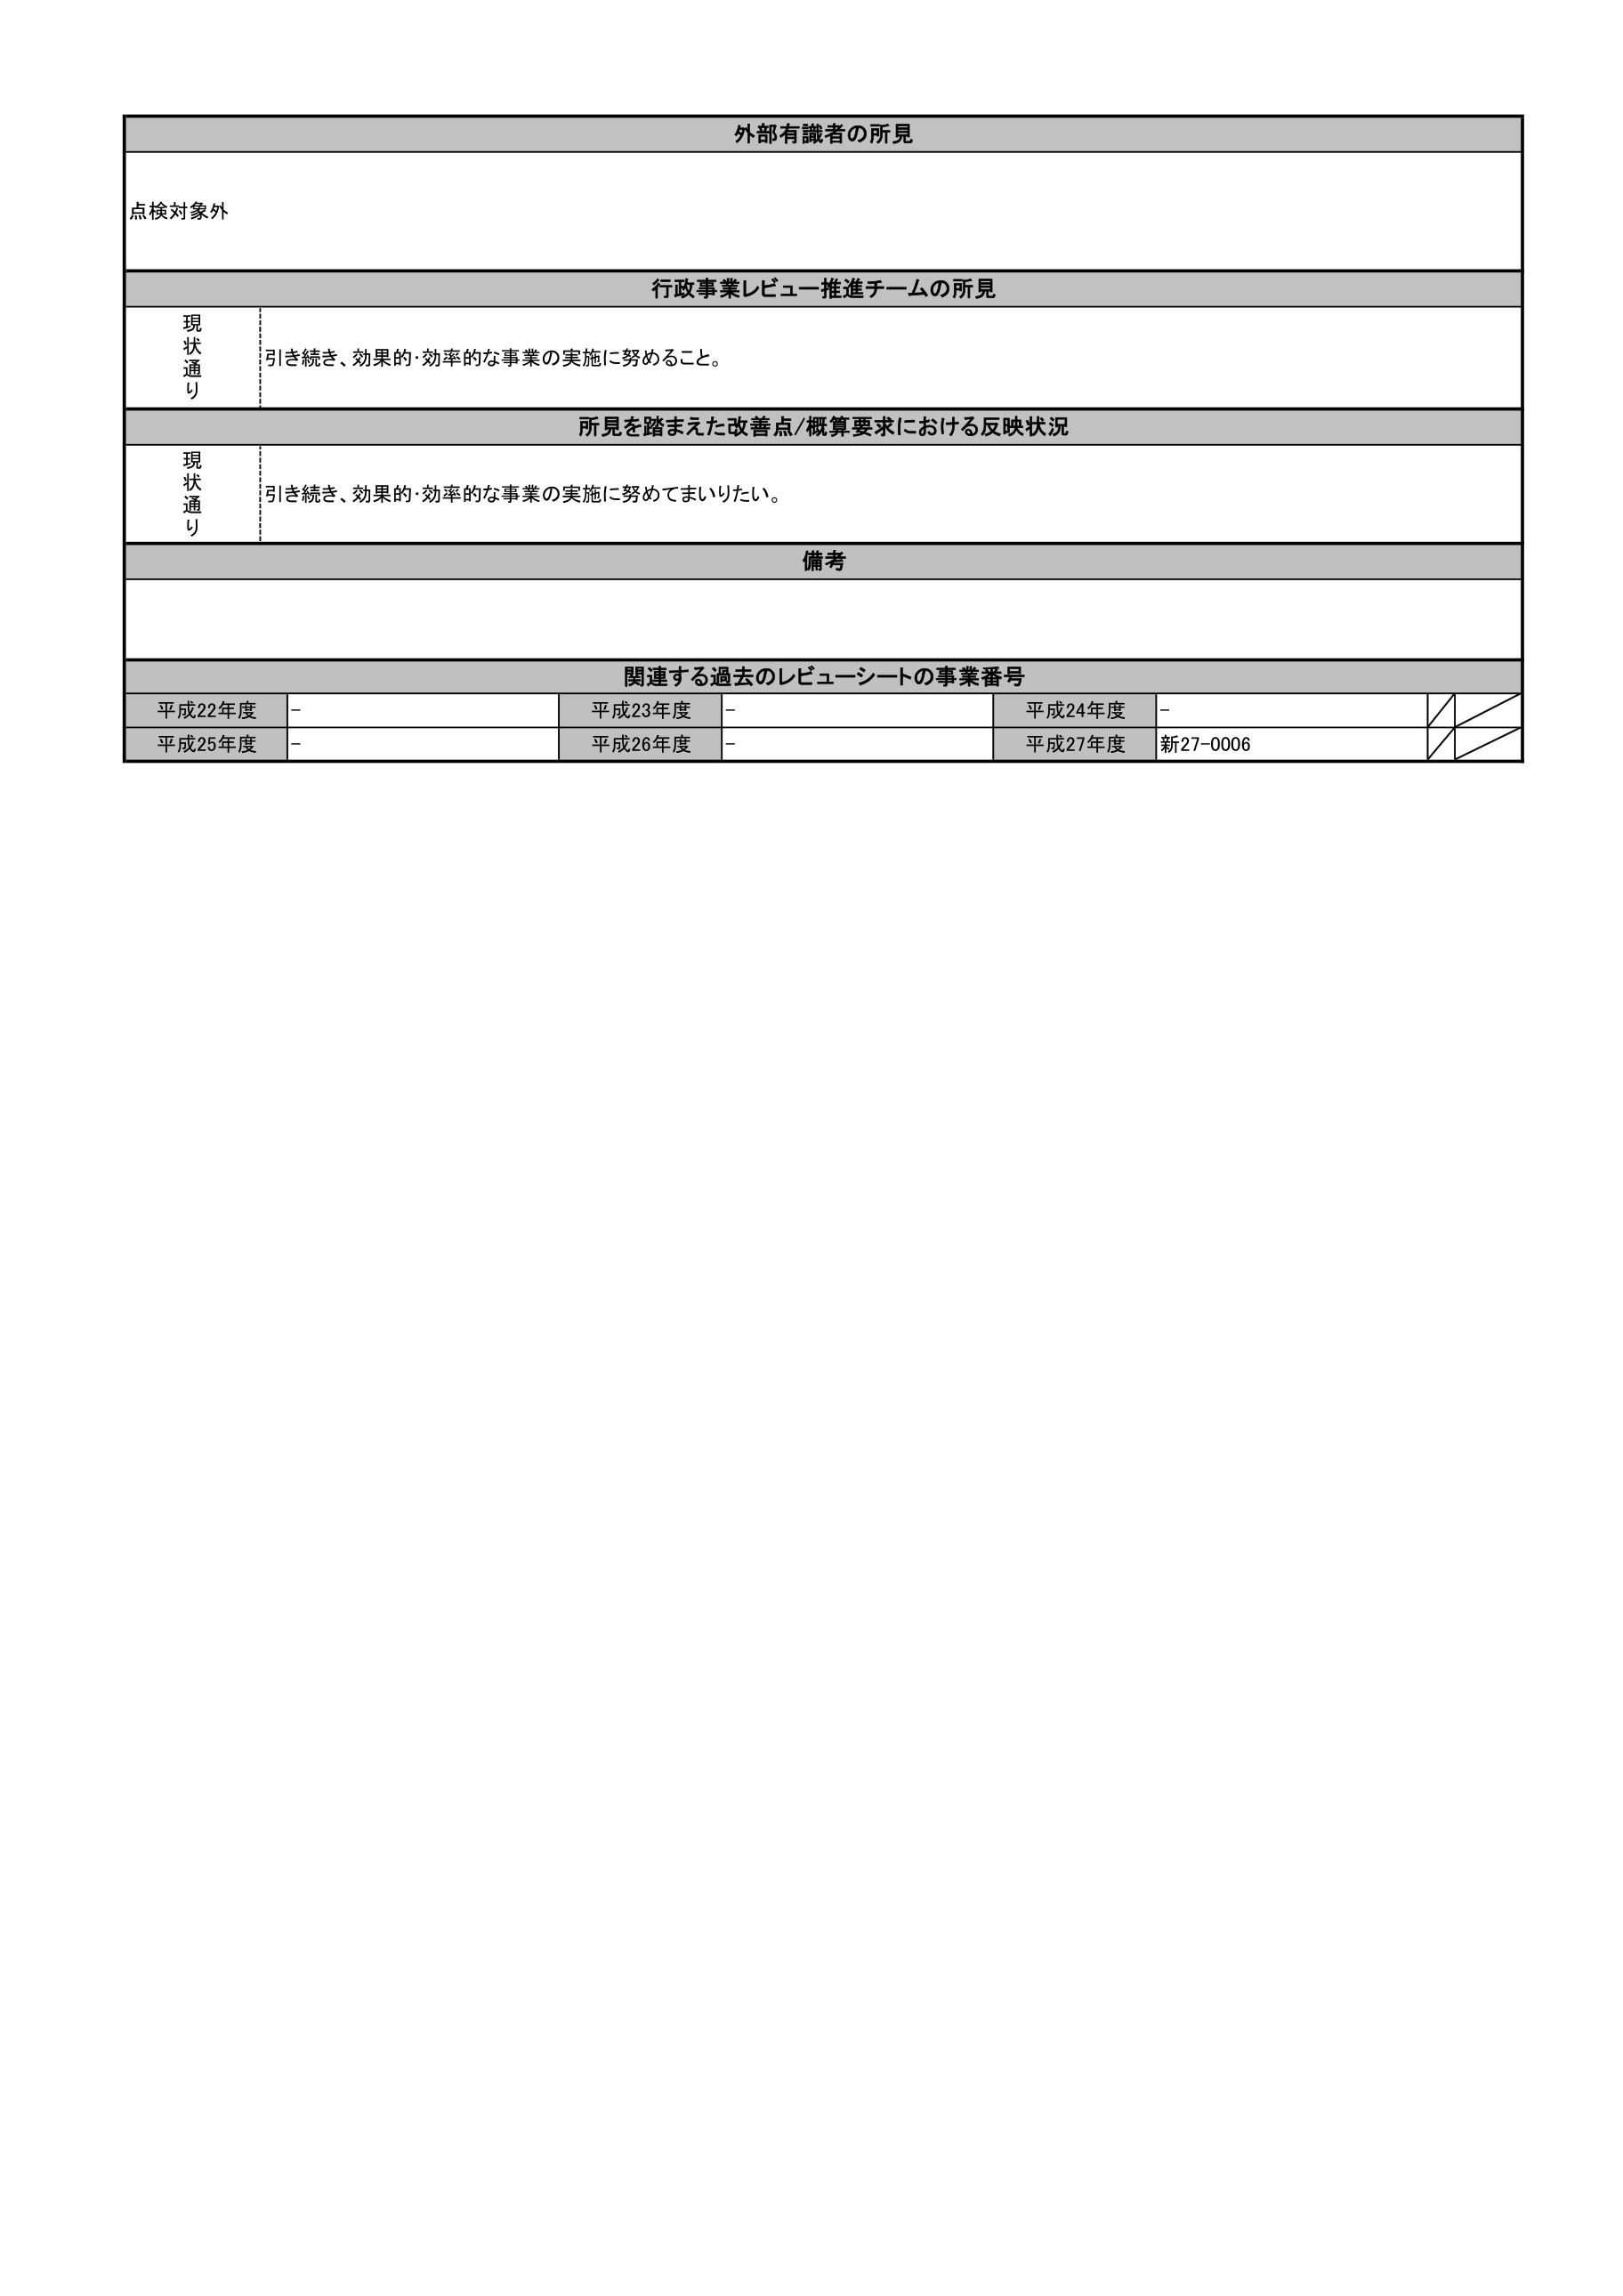
外部有識者の所見
点検対象外

行政事業レビュー推進チームの所見
現状通り 引き続き、効果的・効率的な事業の実施に努めること。

所見を踏まえた改善点/概算要求における反映状況
現状通り 引き続き、効果的・効率的な事業の実施に努めてまいりたい。

備考

関連する過去のレビューシートの事業番号
平成22年度 -
平成23年度 -
平成24年度 -
平成25年度 -
平成26年度 -
平成27年度 新27-0006